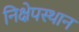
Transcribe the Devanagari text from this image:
निक्षेपस्थान